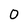
Character: O